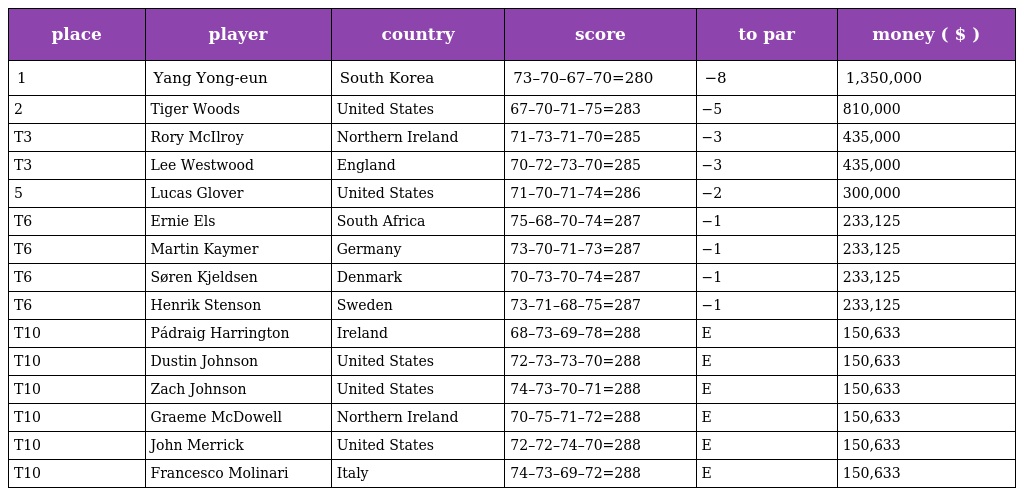
| place | player | country | score | to par | money ( $ ) |
 | --- | --- | --- | --- | --- | --- |
 | 1 | Yang Yong-eun | South Korea | 73–70–67–70=280 | −8 | 1,350,000 |
 | 2 | Tiger Woods | United States | 67–70–71–75=283 | −5 | 810,000 |
 | T3 | Rory McIlroy | Northern Ireland | 71–73–71–70=285 | −3 | 435,000 |
 | T3 | Lee Westwood | England | 70–72–73–70=285 | −3 | 435,000 |
 | 5 | Lucas Glover | United States | 71–70–71–74=286 | −2 | 300,000 |
 | T6 | Ernie Els | South Africa | 75–68–70–74=287 | −1 | 233,125 |
 | T6 | Martin Kaymer | Germany | 73–70–71–73=287 | −1 | 233,125 |
 | T6 | Søren Kjeldsen | Denmark | 70–73–70–74=287 | −1 | 233,125 |
 | T6 | Henrik Stenson | Sweden | 73–71–68–75=287 | −1 | 233,125 |
 | T10 | Pádraig Harrington | Ireland | 68–73–69–78=288 | E | 150,633 |
 | T10 | Dustin Johnson | United States | 72–73–73–70=288 | E | 150,633 |
 | T10 | Zach Johnson | United States | 74–73–70–71=288 | E | 150,633 |
 | T10 | Graeme McDowell | Northern Ireland | 70–75–71–72=288 | E | 150,633 |
 | T10 | John Merrick | United States | 72–72–74–70=288 | E | 150,633 |
 | T10 | Francesco Molinari | Italy | 74–73–69–72=288 | E | 150,633 |